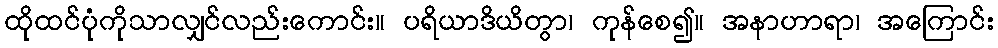
ထိုထင်ပုံကိုသာလျှင်လည်းကောင်း။ ပရိယာဒိယိတွာ၊ ကုန်စေ၍။ အနာဟာရာ၊ အကြောင်း